NAE_ERA_R-2324_Eesti_Vabariigi_Pohiseaduslik_Assamblee, lk 15
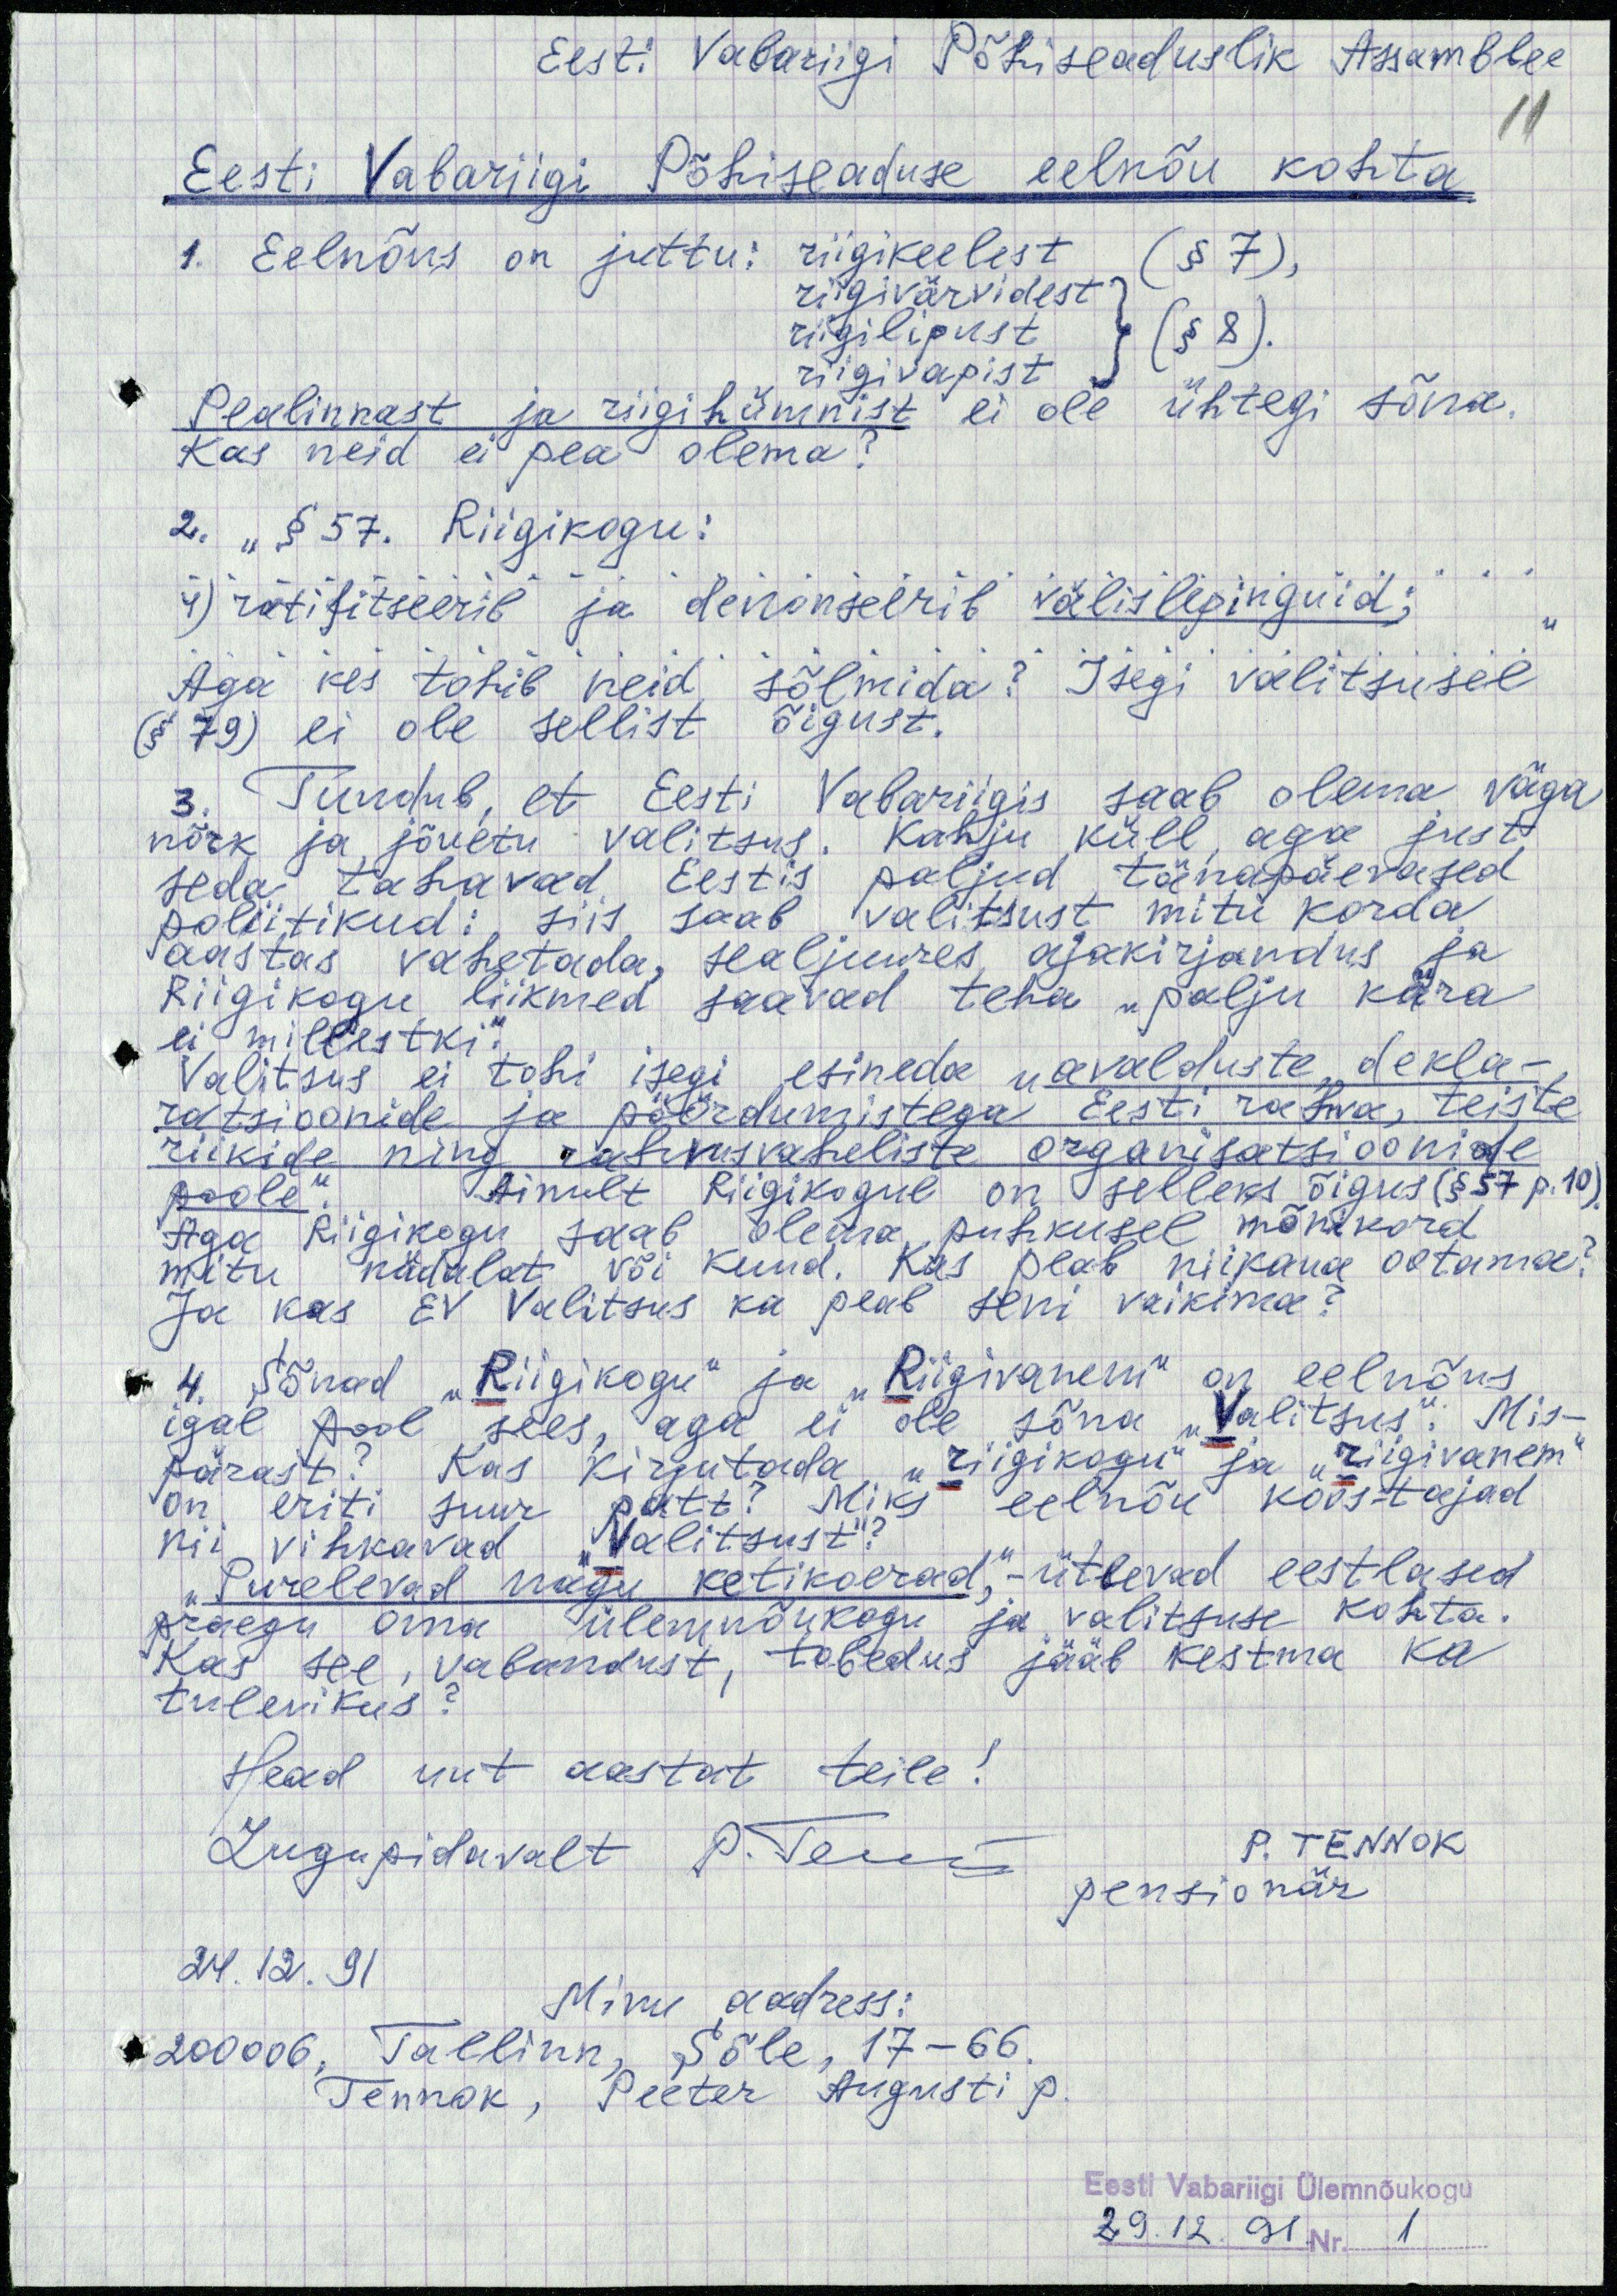
Eesti Vabariigi Põhiseaduslik Assamblee
11
Eesti Vabariigi Põhiseaduse eelnõu kohta
1. Eelnõus on juttu: riigikeelest (§ 7),
riigivärvidest
riigilipust } (§ 8).
riigivapist
Pealinnast ja riigihümnist ei ole ühtegi sõna.
Kas neid ei pea olema?
2. "§ 57. Riigikogu:
4) ratifitseerib ja denonseerib välislepinguid;"
Aga kes tohib neid sõlmida? Isegi valitsusel
(§ 79) ei ole sellist õigust.
3. Tundub, et Eesti Vabariigis saab olema väga
nõrk ja jõuetu valitsus. Kahju küll, aga just
seda tahavad Eestis paljud tänapäevased
poliitikud: siis saab valitsust mitu korda
aastas vahetada, sealjuures ajakirjandus ja
Riigikogu liikmed saavad teha "palju kära
ei millestki."
Valitsus ei tohi isegi esineda "avalduste, dekla-
ratsioonide ja pöördumistega Eesti rahva, teiste
riikide ning rahvusvaheliste organisatsioonide
poole." Ainult Riigikogul on selleks õigus (§ 57 p.10).
Aga Riigikogu saab olema puhkusel mõnikord
mitu nädalat või kuud. Kas peab niikaua ootama?
Ja kas EV Valitsus ka peab seni vaikima?
4. Sõnad "Riigikogu" ja "Riigivanem" on eelnõus
igal pool sees, aga ei ole sõna "Valitsus". Mis-
pärast? Kas kirjutada "riigikogu" ja riigivanem"
on eriti suur patt? Miks eelnõu koostajad
nii vihkavad "Valitsust"?
"Purelevad nagu ketikoerad," - ütlevad eestlased
praegu oma ülemnõukogu ja valitsuse kohta.
Kas see, vabandust, tobedus jääb kestma ka
tulevikus?
Head uut aastat teile!
Lugupidavalt P. Tennok
P. TENNOK
pensionär
24.12.91
Minu aadress:
200006, Tallinn, Sõle, 17-66.
Tennok, Peeter Augusti p.
Eesti Vabariigi Ülemnõukogu
29.12.91. Nr. 1